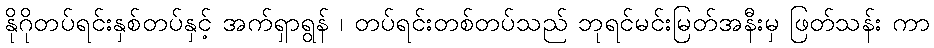
နိုဂိုတပ်ရင်းနှစ်တပ်နှင့် အက်ရှာရွန် ၊ တပ်ရင်းတစ်တပ်သည် ဘုရင်မင်းမြတ်အနီးမှ ဖြတ်သန်း ကာ